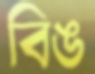
বিঙ